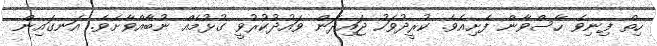
ހިތް ފިނިވެ ހާސްވާން ފެށިއެވެ. ކުރީދުވަހު ޖައިދަން ވައުދުކުރުވީ ގުޅުމެއް ނުބާއްވާށެވެ. އަނގައިން